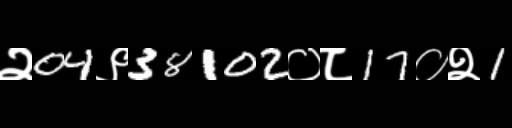
Text: २04९38102०८17०२1